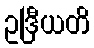
ဥဒြီယတိ